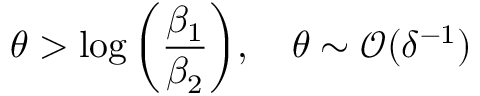
\theta > \log { \left( \frac { \beta _ { 1 } } { \beta _ { 2 } } \right) } , \quad \theta \sim \mathcal { O } ( \delta ^ { - 1 } )